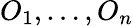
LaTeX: O_{1},\dots,O_{n}